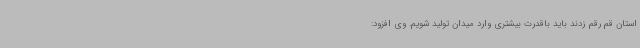
استان قم رقم زدند باید باقدرت بیشتری وارد میدان تولید شویم. وی افزود: